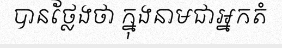
បានថ្លែងថា ក្នុងនាមជាអ្នកតំ